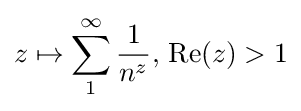
z\mapsto \sum _{1}^{\infty }{\frac {1}{n^{z}}},\,\operatorname {Re} (z)>1